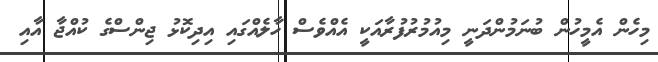
މިހެން އެމީހުން ބުނަމުންދަނީ މިއުމުރުފުރާއަކީ އެއްވެސް ހާލެއްގައި އިދިކޮޅު ޖިންސްގެ ކުއްޖާ އާއި